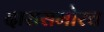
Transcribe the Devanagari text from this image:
दारासमोरच